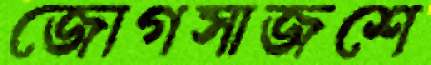
জোগসাজশে